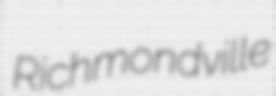
Richmondville